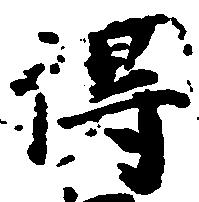
得